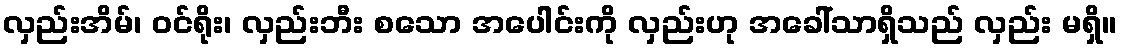
လှည်းအိမ်၊ ဝင်ရိုး၊ လှည်းဘီး စသော အပေါင်းကို လှည်းဟု အခေါ်သာရှိသည် လှည်း မရှိ။